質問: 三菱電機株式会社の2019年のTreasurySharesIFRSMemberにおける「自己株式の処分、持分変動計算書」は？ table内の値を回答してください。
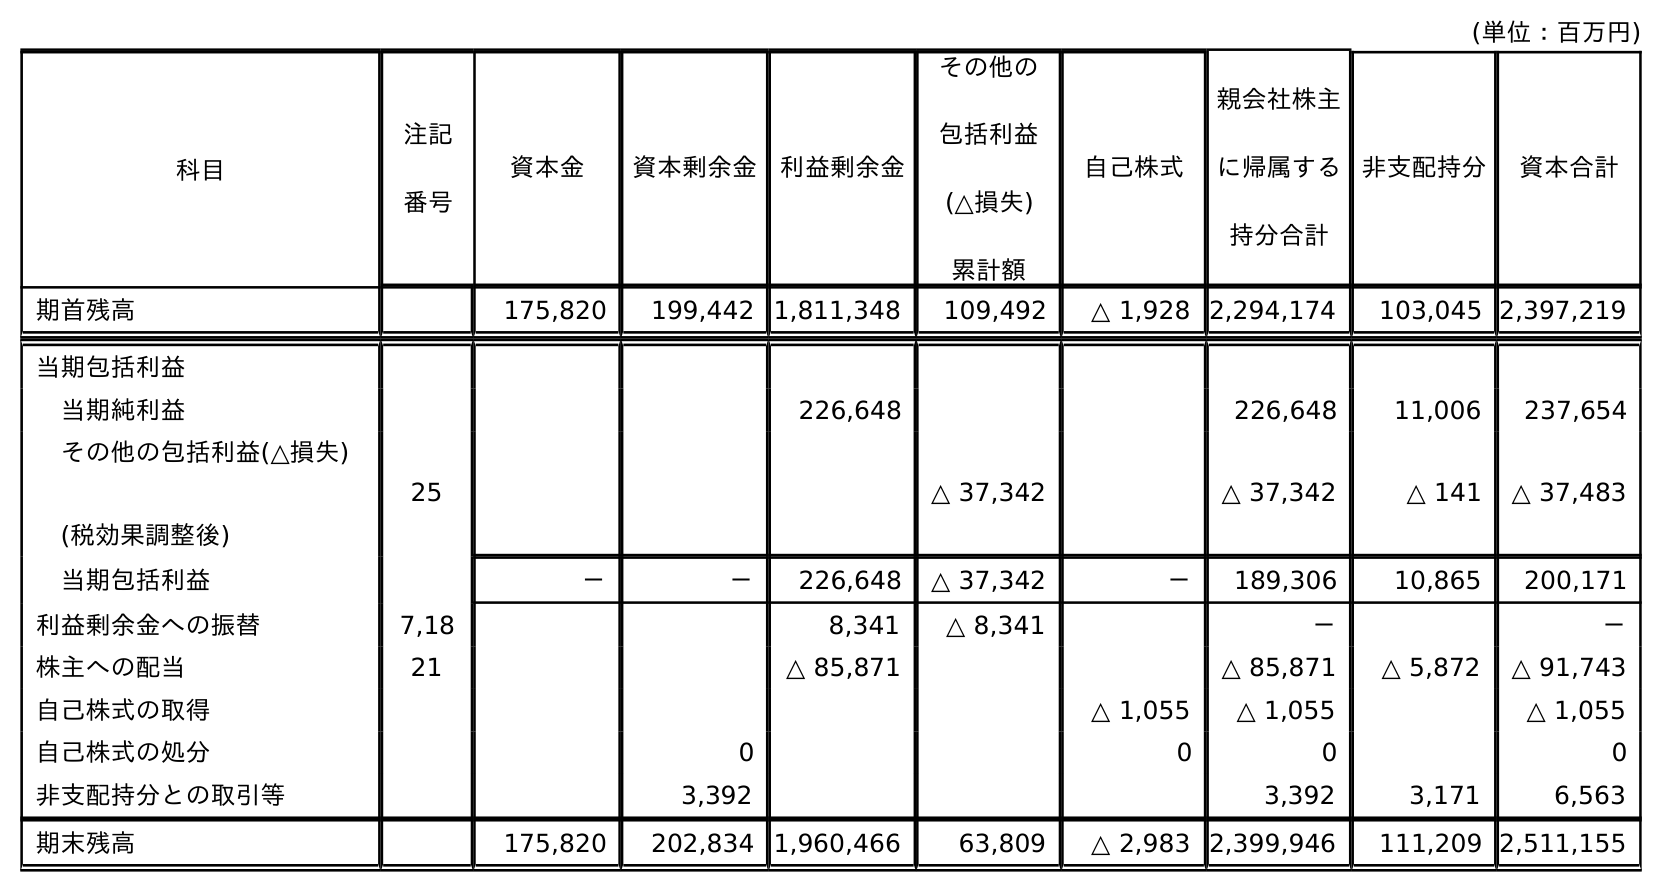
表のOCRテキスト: (単位：百万円) 科目 注記 番号 非支配持分 資本合計 資本金 資本剰余金 利益剰余金 その他の 包括利益 (△損失) 累計額 自己株式 親会社株主 に帰属する 持分合計 期首残高 175,820 199,442 1,811,348 109,492 △ 1,928 2,294,174 103,045 2,397,219 当期包括利益 当期純利益 226,648 226,648 11,006 237,654 その他の包括利益(△損失) (税効果調整後) 25 △ 37,342 △ 37,342 △ 141 △ 37,483 当期包括利益 － － 226,648 △ 37,342 － 189,306 10,865 200,171 利益剰余金への振替 7,18 8,341 △ 8,341 － － 株主への配当 21 △ 85,871 △ 85,871 △ 5,872 △ 91,743 自己株式の取得 △ 1,055 △ 1,055 △ 1,055 自己株式の処分 0 0 0 0 非支配持分との取引等 3,392 3,392 3,171 6,563 期末残高 175,820 202,834 1,960,466 63,809 △ 2,983 2,399,946 111,209 2,511,155
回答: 0